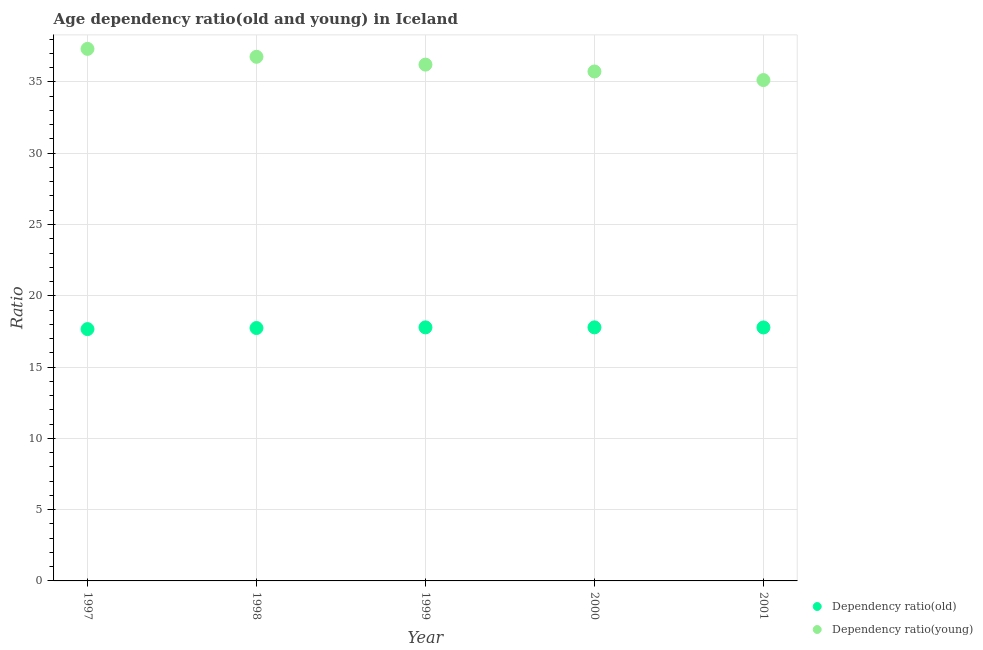
| Year | Dependency ratio(old) | Dependency ratio(young) |
 | --- | --- | --- |
 | 1997 | 17.7 | 37.3 |
 | 1998 | 17.7 | 36.8 |
 | 1999 | 17.8 | 36.2 |
 | 2000 | 17.8 | 35.7 |
 | 2001 | 17.8 | 35.1 |